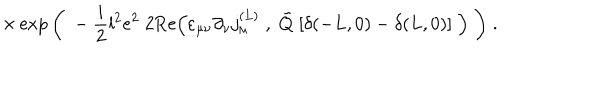
\times \exp \bigg ( \; - \frac { i } { 2 } l ^ { 2 } e ^ { 2 } \; 2 \mathrm { R e } \Big ( \varepsilon _ { \mu \nu } \partial _ { \nu } j _ { \mu } ^ { ( L ) } \; , \; \tilde { Q } \; [ \delta ( - L , 0 ) - \delta ( L , 0 ) ] \; \Big ) \; \bigg ) \; .